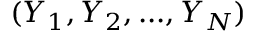
( Y _ { 1 } , Y _ { 2 } , . . . , Y _ { N } )